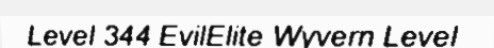
Level 344 EvilElite Wyvern Level